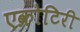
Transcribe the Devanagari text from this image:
एक्रोटिरी